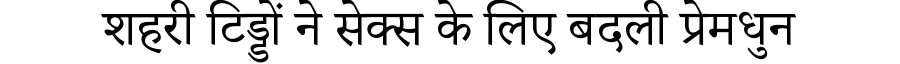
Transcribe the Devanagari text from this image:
शहरी टिड्डों ने सेक्स के लिए बदली प्रेमधुन